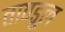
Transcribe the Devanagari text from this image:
ताण्डूल